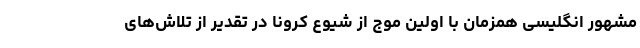
مشهور انگلیسی همزمان با اولین موج از شیوع کرونا در تقدیر از تلاش‌های